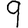
Digit: 9